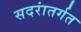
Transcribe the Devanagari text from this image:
सदरांतर्गत